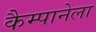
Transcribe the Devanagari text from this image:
कैम्पानेला